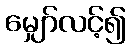
မျှော်လင့်၍